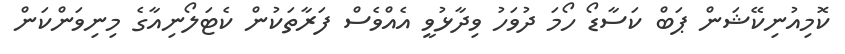
ކޮމިއުނިކޭޝަން ޕަބް ކަސާޑޯ ހޯމަ ދުވަހު ވިދާޅުވީ އެއްވެސް ފަރާތަކުން ކެޓަލޯނިއާގެ މިނިވަންކަން